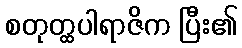
စတုတ္ထပါရာဇိက ပြီး၏